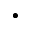
\bullet